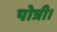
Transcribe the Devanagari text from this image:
पोत्री।